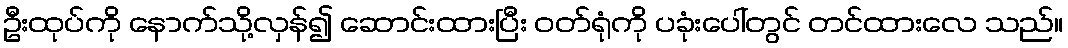
ဦးထုပ်ကို နောက်သို့လှန်၍ ဆောင်းထားပြီး ဝတ်ရုံကို ပခုံးပေါ်တွင် တင်ထားလေ သည်။